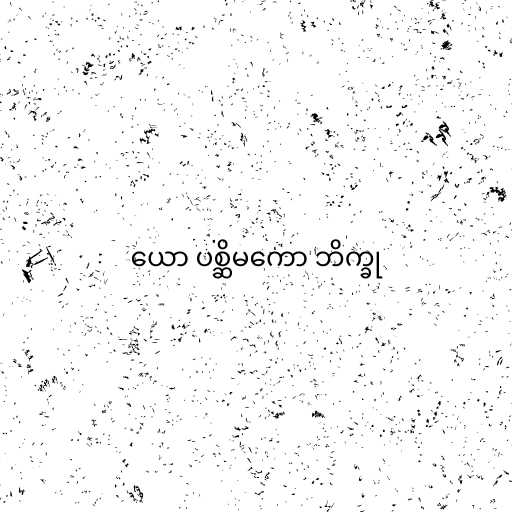
ယော ပစ္ဆိမကော ဘိက္ခု